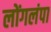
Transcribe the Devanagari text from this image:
लोंगलंपा